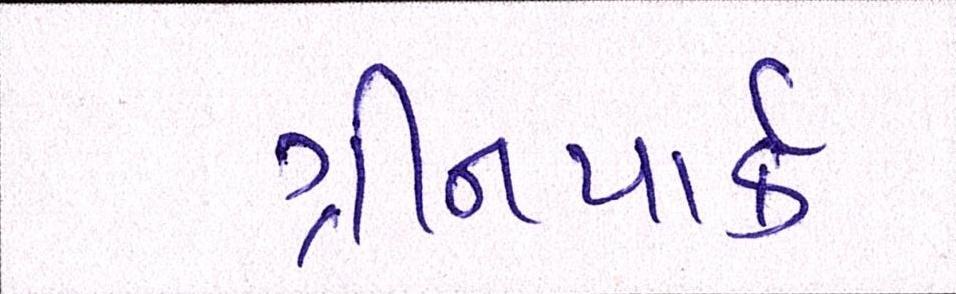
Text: ગ્રીનપાર્ક